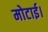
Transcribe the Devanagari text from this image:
मोटाई।